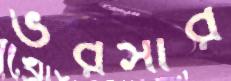
ভরসার